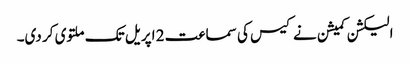
الیکشن کمیشن نے کیس کی سماعت 2 اپریل تک ملتوی کر دی۔